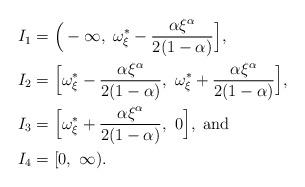
LaTeX: \begin{align*}I_1 & = \Big(-\infty,\ \omega_{\xi}^{\ast} - \frac{\alpha \xi^{\alpha}}{2(1 - \alpha)}\Big], \\I_2 & = \Big[\omega_{\xi}^{\ast} -\frac{\alpha \xi^{\alpha}}{2(1-\alpha)},\ \omega_{\xi}^{\ast} + \frac{\alpha \xi^{\alpha}}{2(1-\alpha)}\Big],\\I_3 & = \Big[\omega_{\xi}^{\ast} + \frac{\alpha \xi^{\alpha}}{2(1 - \alpha)},\ 0\Big], \mbox{ and } \\I_4 & = [0,\ \infty).\end{align*}